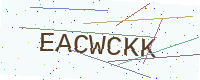
Text: EACWCKK